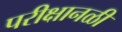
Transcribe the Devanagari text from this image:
परीक्षानळी